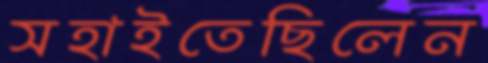
সহাইতেছিলেন